Source: Handwritten
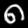
Digit: ၈ (8)